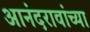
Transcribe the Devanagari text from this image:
आनंदरावांच्या